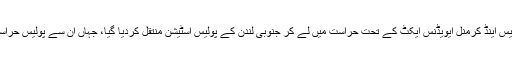
بیان کے مطابق انہیں پولیس اینڈ کرمنل ایویڈنس ایکٹ کے تحت حراست میں لے کر جنوبی لندن کے پولیس اسٹیشن منتقل کردیا گیا، جہاں ان سے پولیس حراست میں تفتیش جاری ہے۔